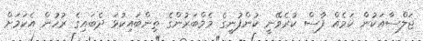
ޖަލްސާއަކުން ކަމެއް ފާސް ކުރެވޭނީ ކުންފުނީގެ މެމްބަރުންގެ ތިންބައިކުޅަ ދެބައިގެ ރުހުން އެކަމަށް